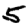
Digit: 5